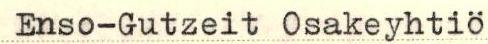
Enso-Gutzeit Osakeyhtiö